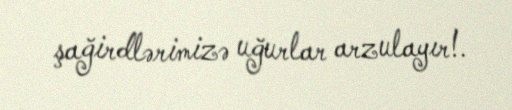
şağirdlərimizə uğurlar arzulayır!.